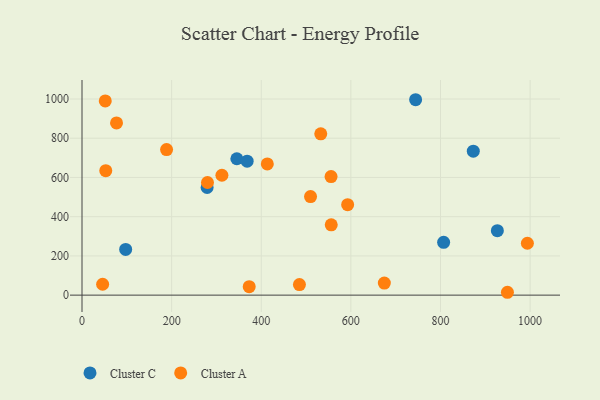
{"axis": {"x": "Price", "y": "Profit"}, "legend": ["Cluster A", "Cluster C"], "data": [{"x": "873.2", "y": 734.1, "type": "Cluster C"}, {"x": "345.5", "y": 695.3, "type": "Cluster C"}, {"x": "97.4", "y": 233.3, "type": "Cluster C"}, {"x": "807.0", "y": 269.4, "type": "Cluster C"}, {"x": "926.9", "y": 328.7, "type": "Cluster C"}, {"x": "368.5", "y": 682.8, "type": "Cluster C"}, {"x": "279.2", "y": 548.9, "type": "Cluster C"}, {"x": "744.5", "y": 996.3, "type": "Cluster C"}, {"x": "51.9", "y": 990.2, "type": "Cluster A"}, {"x": "413.5", "y": 668.8, "type": "Cluster A"}, {"x": "993.9", "y": 264.5, "type": "Cluster A"}, {"x": "77.0", "y": 877.8, "type": "Cluster A"}, {"x": "312.2", "y": 611.3, "type": "Cluster A"}, {"x": "188.7", "y": 742.3, "type": "Cluster A"}, {"x": "556.2", "y": 358.4, "type": "Cluster A"}, {"x": "46.0", "y": 55.5, "type": "Cluster A"}, {"x": "53.0", "y": 634.7, "type": "Cluster A"}, {"x": "510.0", "y": 502.5, "type": "Cluster A"}, {"x": "949.4", "y": 14.6, "type": "Cluster A"}, {"x": "280.0", "y": 574.4, "type": "Cluster A"}, {"x": "555.8", "y": 604.6, "type": "Cluster A"}, {"x": "373.1", "y": 42.9, "type": "Cluster A"}, {"x": "592.8", "y": 461.2, "type": "Cluster A"}, {"x": "485.2", "y": 53.8, "type": "Cluster A"}, {"x": "674.7", "y": 61.7, "type": "Cluster A"}, {"x": "532.8", "y": 822.5, "type": "Cluster A"}]}